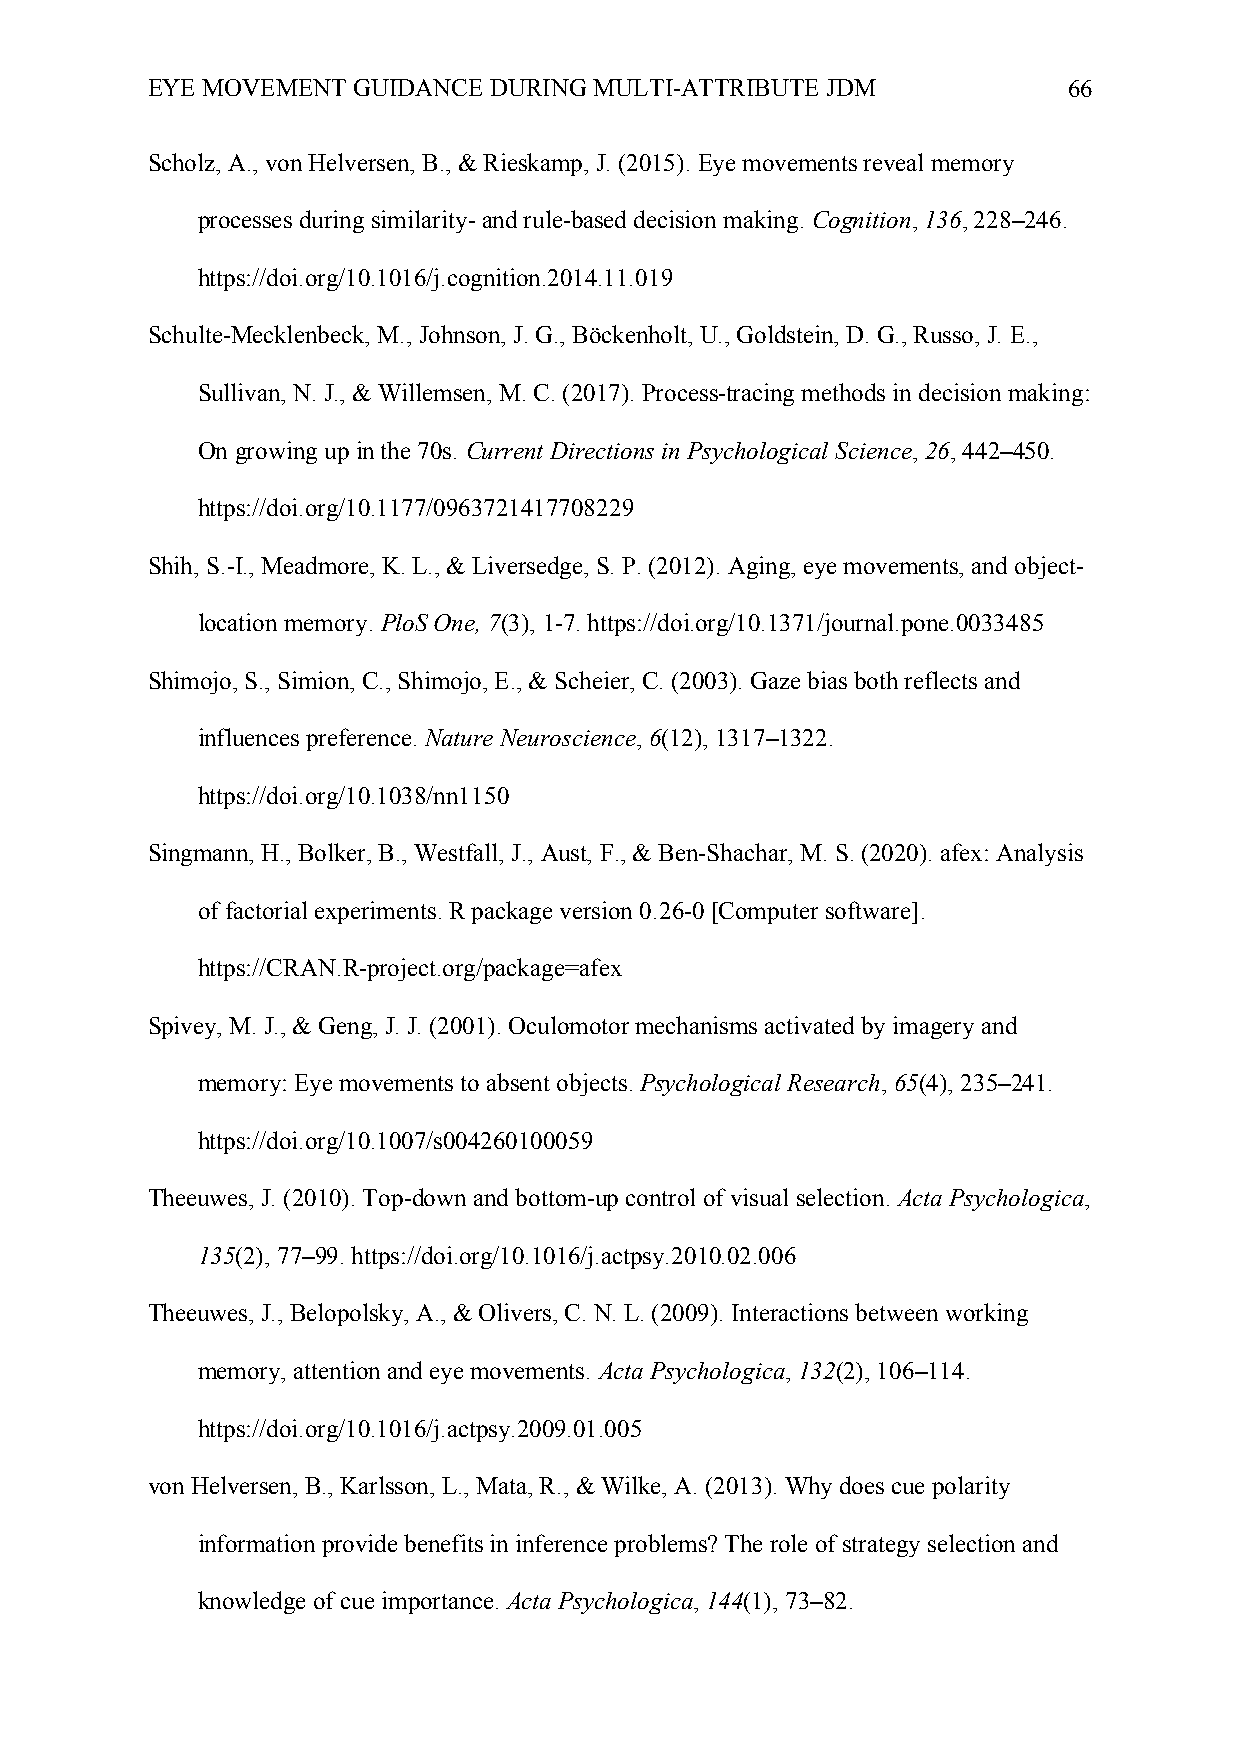
EYE MOVEMENT GUIDANCE DURING MULTI-ATTRIBUTE JDM             66
 Scholz, A., von Helversen, B., & Rieskamp, J. (2015). Eye movements reveal memory
 processes during similarity- and rule-based decision making. Cognition, 136, 228–246.
 https://doi.org/10.1016/j.cognition.2014.11.019
 Schulte-Mecklenbeck, M., Johnson, J. G., Böckenholt, U., Goldstein, D. G., Russo, J. E.,
 Sullivan, N. J., & Willemsen, M. C. (2017). Process-tracing methods in decision making:
 On growing up in the 70s. Current Directions in Psychological Science, 26, 442–450.
 https://doi.org/10.1177/0963721417708229
 Shih, S.-I., Meadmore, K. L., & Liversedge, S. P. (2012). Aging, eye movements, and object-
 location memory. PloS One, 7(3), 1-7. https://doi.org/10.1371/journal.pone.0033485
 Shimojo, S., Simion, C., Shimojo, E., & Scheier, C. (2003). Gaze bias both reflects and
 influences preference. Nature Neuroscience, 6(12), 1317–1322.
 https://doi.org/10.1038/nn1150
 Singmann, H., Bolker, B., Westfall, J., Aust, F., & Ben-Shachar, M. S. (2020). afex: Analysis
 of factorial experiments. R package version 0.26-0 [Computer software].
 https://CRAN.R-project.org/package=afex
 Spivey, M. J., & Geng, J. J. (2001). Oculomotor mechanisms activated by imagery and
 memory: Eye movements to absent objects. Psychological Research, 65(4), 235–241.
 https://doi.org/10.1007/s004260100059
 Theeuwes, J. (2010). Top-down and bottom-up control of visual selection. Acta Psychologica,
 135(2), 77–99. https://doi.org/10.1016/j.actpsy.2010.02.006
 Theeuwes, J., Belopolsky, A., & Olivers, C. N. L. (2009). Interactions between working
 memory, attention and eye movements. Acta Psychologica, 132(2), 106–114.
 https://doi.org/10.1016/j.actpsy.2009.01.005
 von Helversen, B., Karlsson, L., Mata, R., & Wilke, A. (2013). Why does cue polarity
 information provide benefits in inference problems? The role of strategy selection and
 knowledge of cue importance. Acta Psychologica, 144(1), 73–82.